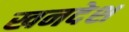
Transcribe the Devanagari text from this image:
खनदेश